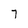
Character: 7